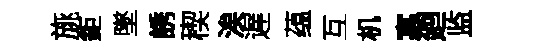
旐鉅墜誘稧涘遅蕴互机寡廻监